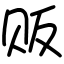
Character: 贩